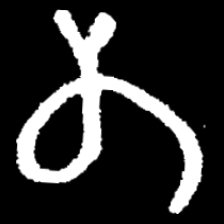
Pyu character \u2014 Myanmar letter: တ (romanized: ta)